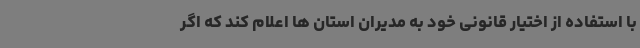
با استفاده از اختیار قانونی خود به مدیران استان ها اعلام کند که اگر